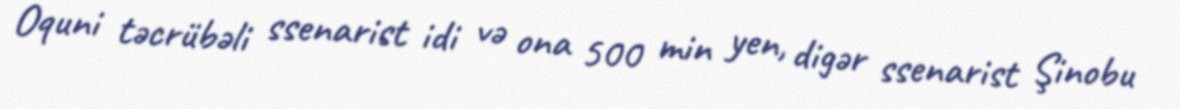
Oquni təcrübəli ssenarist idi və ona 500 min yen, digər ssenarist Şinobu